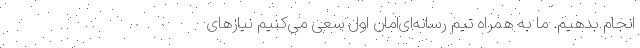
انجام بدهیم. ما به همراه تیم رسانه‌ای‌امان اول سعی می‌کنیم نیازهای